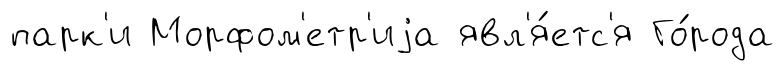
парк'и Морфом'етр'иjа явл'я́етс'я Го́рода